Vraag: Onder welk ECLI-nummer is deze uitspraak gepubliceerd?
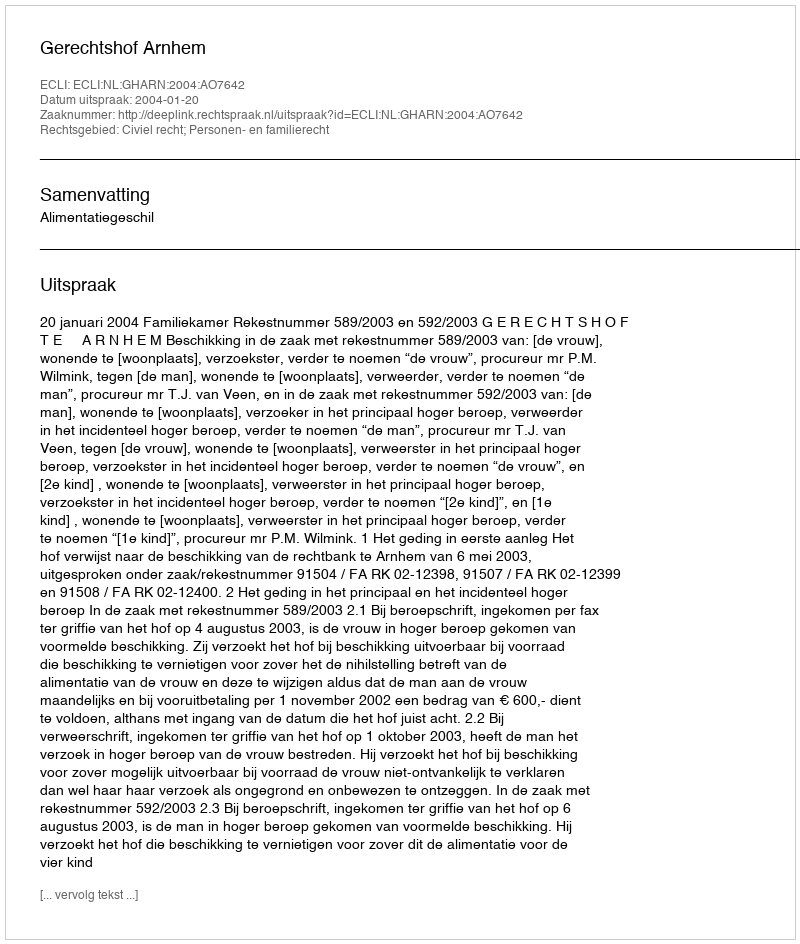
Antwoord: ECLI:NL:GHARN:2004:AO7642